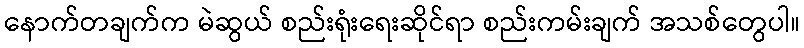
နောက်တချက်က မဲဆွယ် စည်းရုံးရေးဆိုင်ရာ စည်းကမ်းချက် အသစ်တွေပါ။